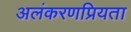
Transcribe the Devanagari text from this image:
अलंकरणप्रियता